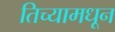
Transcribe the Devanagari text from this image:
तिच्यामधून